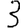
Digit: 3